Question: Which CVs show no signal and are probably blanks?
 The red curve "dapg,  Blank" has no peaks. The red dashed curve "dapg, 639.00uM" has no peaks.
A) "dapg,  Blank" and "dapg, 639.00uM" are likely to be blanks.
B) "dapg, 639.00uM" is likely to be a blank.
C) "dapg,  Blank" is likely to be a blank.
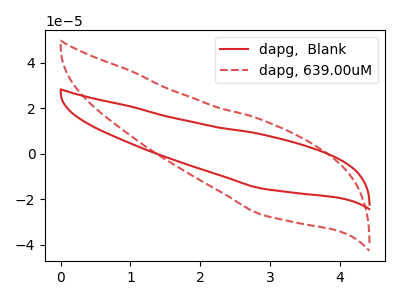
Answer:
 <answer>A) "dapg,  Blank" and "dapg, 639.00uM" are likely to be blanks.</answer>
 <eval>A</eval>